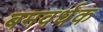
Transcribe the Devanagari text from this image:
बमवर्धक